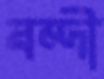
বন্দী